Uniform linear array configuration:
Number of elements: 12
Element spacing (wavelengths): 1
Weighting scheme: exponential
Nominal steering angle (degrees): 45
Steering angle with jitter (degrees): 44.754
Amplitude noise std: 0.05
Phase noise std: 0.05

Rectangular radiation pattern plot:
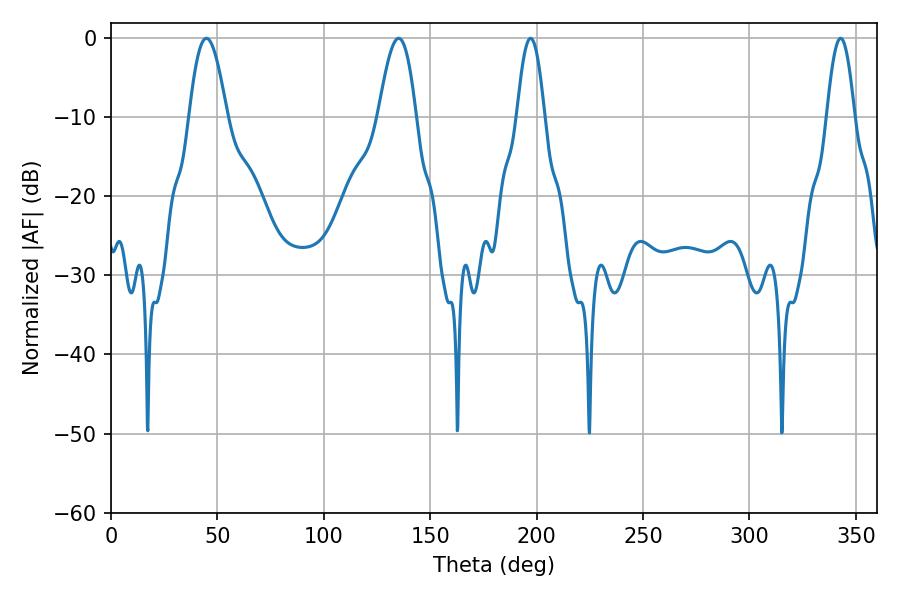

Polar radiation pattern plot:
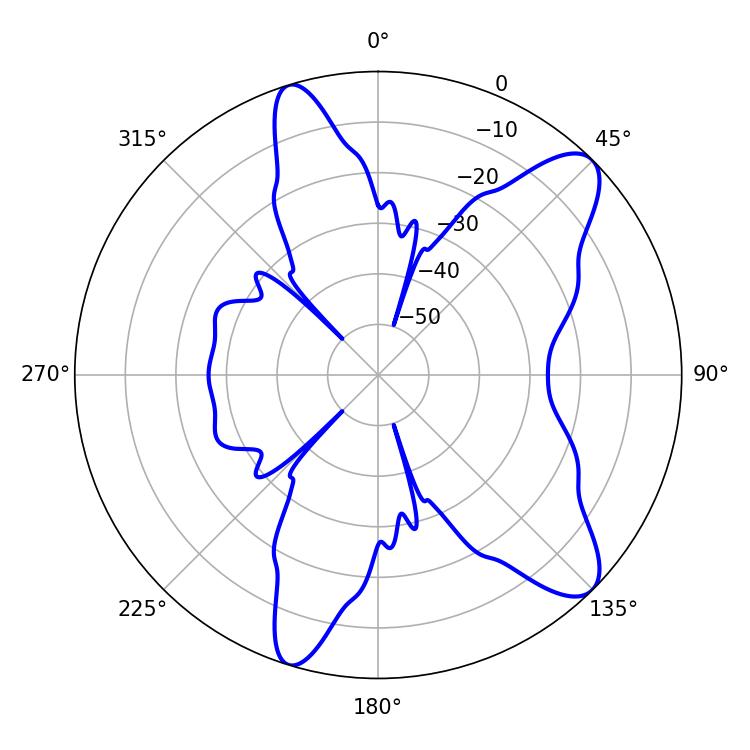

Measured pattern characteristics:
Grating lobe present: TRUE
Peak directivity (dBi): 10.168
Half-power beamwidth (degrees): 9.54
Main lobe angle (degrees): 44.82